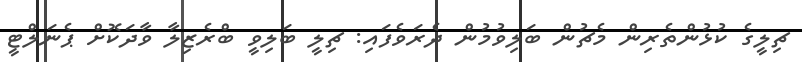
ޗިލީގެ ކުޅުންތެރިން މެޗުން ބަލިވުމުން ދެރަވެފައި: ޗިލީ ބަލިވީ ބްރެޒިލާ ވާދަކޮށް ޕެނަލްޓީ